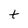
Character: t